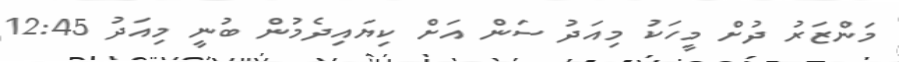
މަންޒަރު ދުށް މީހަކު މިއަދު ސަން އަށް ކިޔައިދެމުން ބުނީ މިއަދު 12:45